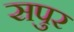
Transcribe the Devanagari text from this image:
सपुर